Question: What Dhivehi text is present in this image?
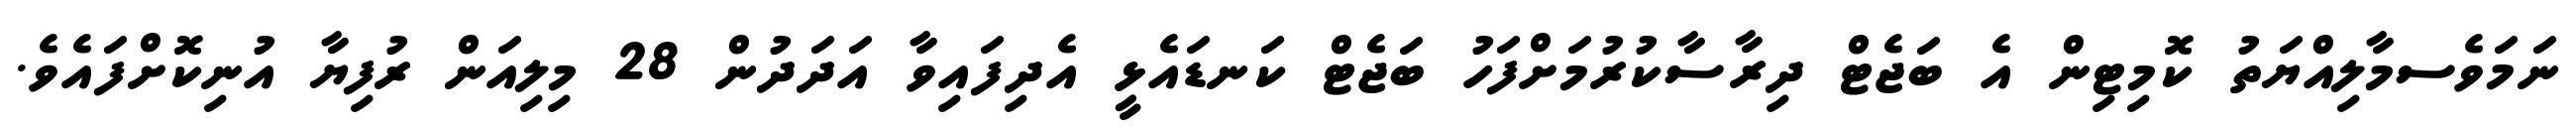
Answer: ނަމަވެސމާލިއްޔަތު ކޮމިޓިން އެ ބަޖެޓް ދިރާސާކުރުމަށްފަހު ބަޖެޓް ކަނޑައެޅީ އެދިފައިވާ އަދަދުން 28 މިލިއަން ރުފިޔާ އުނިކޮށްފައެވެ.